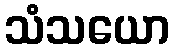
သံသယော